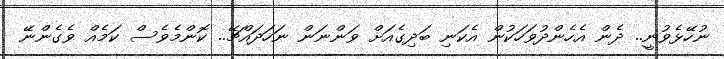
ނުހޭޅެވުނީ.. ދެން އެހެންދުވަހަކުން އެކަނި ބަދިގެއަށް ވަންނަން ނަހަދައްޗޭ.. ކޮންމެވެސް ކަމެއް ވެގެންނޭ